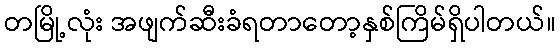
တမြို့လုံး အဖျက်ဆီးခံရတာတော့နှစ်ကြိမ်ရှိပါတယ်။